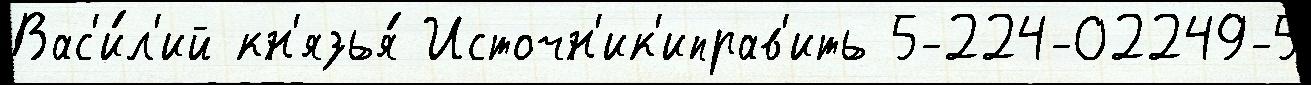
Вас'и́л'ий кн'язья́ Источн'ик'иправ'ить 5-224-02249-5